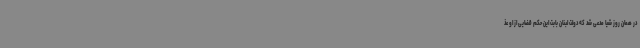
در همان روز شیا مدعی شد که دولت لبنان بابت این حکم قضایی از او عذ